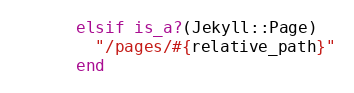
Language: Ruby
      elsif is_a?(Jekyll::Page)
        "/pages/#{relative_path}"
      end